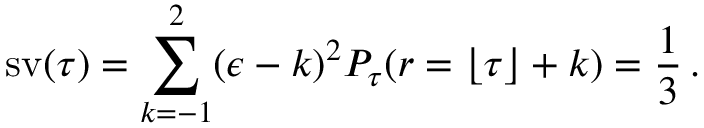
\operatorname { s v } ( \tau ) = \sum _ { k = - 1 } ^ { 2 } ( \epsilon - k ) ^ { 2 } P _ { \tau } ( r = \lfloor \tau \rfloor + k ) = \frac 1 3 \, .